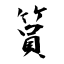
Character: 篔